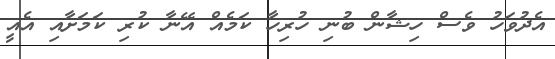
އެދުވަހު ވެސް ހިޝާން ބުނި ހުރިހާ ކަމެއް އޭނާ ކުރި ކަމަށާއި އެއީ